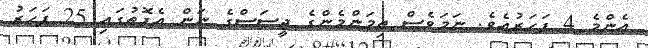
އެންމެ 4 ފަހަރުއެވެ. ނަމަވެސް ތިމަންމެންގެ ޖީސަސްގެ ނަން އެފޮތުގައި 25 ފަހަރު